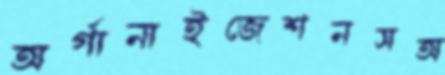
অর্গানাইজেশনসঅ